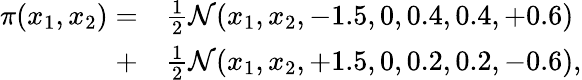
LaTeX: \begin{array}{rl}{\pi(x_{1},x_{2})=}&{{}\frac{1}{2}\mathcal{N}(x_{1},x_{2},-1.5,0,0.4,0.4,+0.6)}\\ {+}&{{}\frac{1}{2}\mathcal{N}(x_{1},x_{2},+1.5,0,0.2,0.2,-0.6),}\end{array}